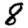
Digit: 8